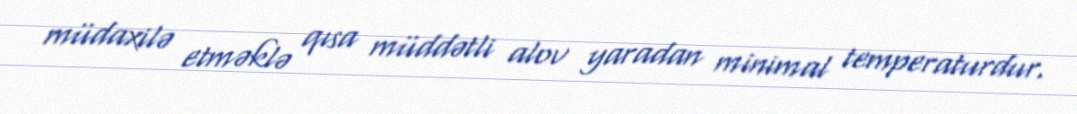
müdaxilə etməklə qısa müddətli alov yaradan minimal temperaturdur.